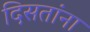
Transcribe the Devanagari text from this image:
दिसतांना